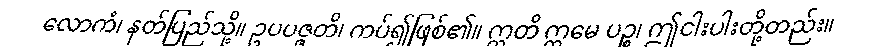
လောကံ၊ နတ်ပြည်သို့။ ဥပပဇ္ဇတိ၊ ကပ်၍ဖြစ်၏။ ဣတိ ဣမေ ပဉ္စ၊ ဤငါးပါးတို့တည်း။